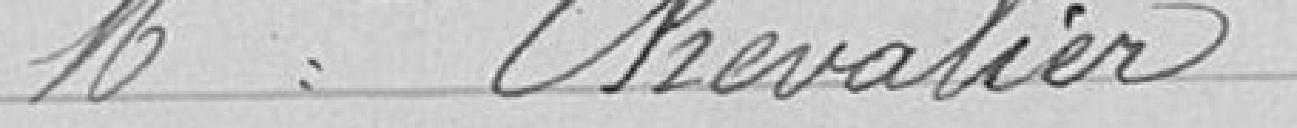
Melle Chevalier